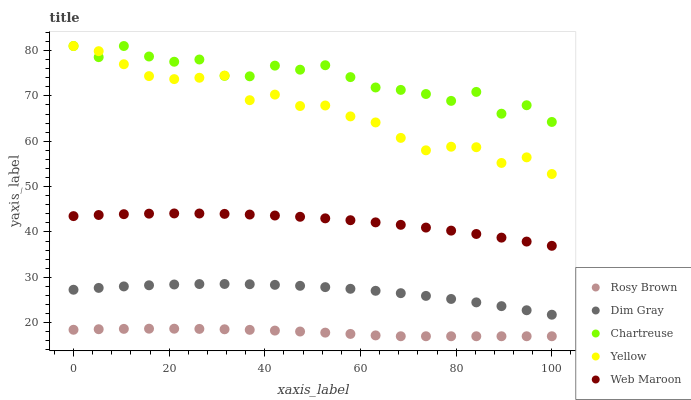
| xaxis_label | Rosy Brown | Dim Gray | Chartreuse | Yellow | Web Maroon |
 | --- | --- | --- | --- | --- | --- |
 | 0 | 18.4 | 27.3 | 81 | 81 | 43.5 |
 | 5.26 | 18.5 | 27.7 | 78.5 | 79.9 | 43.7 |
 | 10.5 | 18.6 | 28 | 81 | 77 | 43.9 |
 | 15.8 | 18.7 | 28.2 | 78.7 | 74.4 | 44 |
 | 21.1 | 18.7 | 28.4 | 77.5 | 73.7 | 44.1 |
 | 26.3 | 18.6 | 28.5 | 78 | 74 | 44.1 |
 | 31.6 | 18.5 | 28.5 | 74.4 | 74.5 | 44 |
 | 36.8 | 18.4 | 28.5 | 74.3 | 69.1 | 43.8 |
 | 42.1 | 18.2 | 28.3 | 76.7 | 70.3 | 43.6 |
 | 47.4 | 18 | 28.1 | 75.8 | 67.8 | 43.3 |
 | 52.6 | 17.8 | 27.8 | 76.8 | 67.9 | 43 |
 | 57.9 | 17.5 | 27.5 | 74.1 | 65.5 | 42.6 |
 | 63.2 | 17.2 | 27 | 71.9 | 64.1 | 42.1 |
 | 68.4 | 17 | 26.5 | 71.3 | 60.7 | 41.6 |
 | 73.7 | 17 | 25.9 | 70.4 | 58 | 41 |
 | 78.9 | 17 | 25.2 | 68.9 | 58.8 | 40.3 |
 | 84.2 | 17 | 24.5 | 70.9 | 58.7 | 39.6 |
 | 89.5 | 17 | 23.6 | 66.1 | 55.2 | 38.7 |
 | 94.7 | 17 | 22.7 | 67.9 | 56.4 | 37.9 |
 | 100 | 17 | 21.7 | 64.3 | 52.8 | 36.9 |